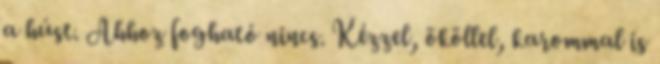
a húst. Ahhoz fogható nincs. Kézzel, ököllel, karommal is